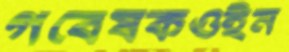
গবেষকওইন